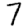
Digit: 7